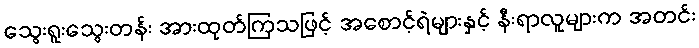
သွေးရူးသွေးတန်း အားထုတ်ကြသဖြင့် အစောင့်ရဲများနှင့် နီးရာလူများက အတင်း